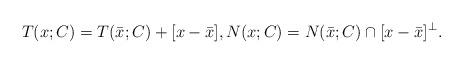
LaTeX: \begin{align*}T(x;C)=T(\bar x;C)+[x-\bar x],N(x;C)=N(\bar x;C)\cap[x-\bar x]^\bot.\end{align*}